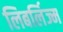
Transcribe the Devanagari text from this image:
लिबर्लिज्म